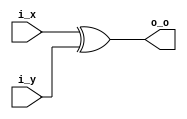
module BitWiseXor (i_x, i_y, o_o);
	parameter N = 4;
	input [N-1:0] i_x, i_y;
	output [N-1:0] o_o;
	
	assign o_o = i_x^i_y;
endmodule